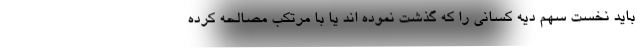
باید نخست سهم دیه کسانی را که گذشت نموده اند یا با مرتکب مصالحه کرده